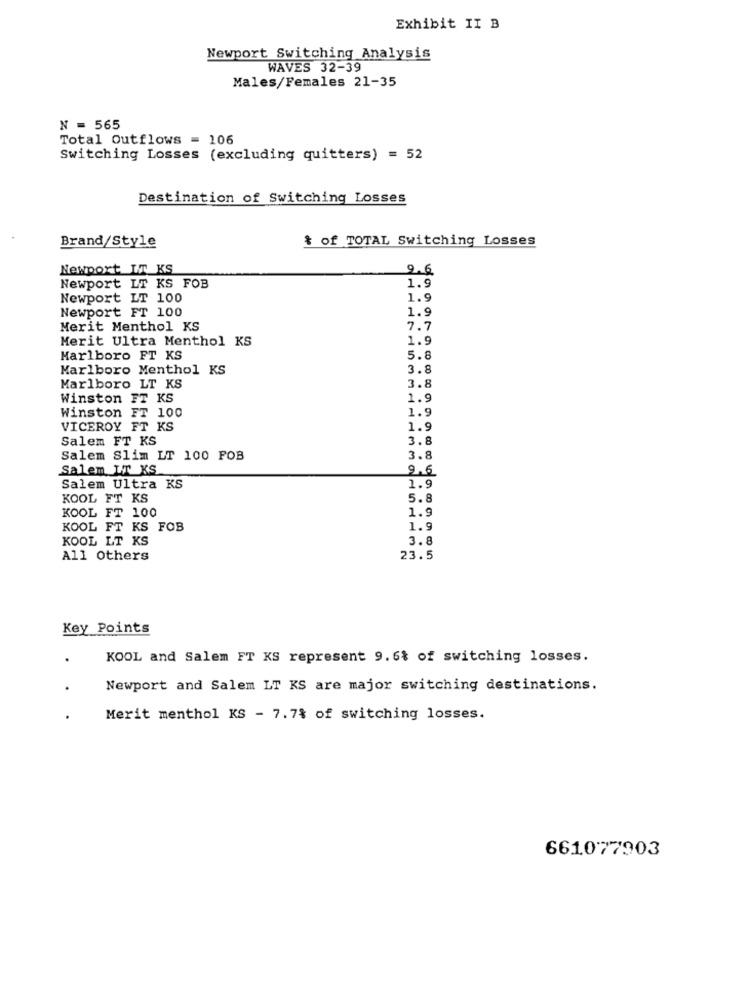
Exhibit II B
Newport Switching Analysis
WAVES 32-39
Males/Females 21-35
N = 565
Total Outflows = 106
Switching Losses (excluding quitters) = 52
Destination of Switching Losses
& of TOTAL Switching Losses
Brand/Style
Newport IT KS
9.6
Newport LT KS FOB
1.9
Newport LT 100
1.9
Newport FT 100
1.9
Merit Menthol KS
7.7
Merit Ultra Menthol KS
1.9
Marlboro FT KS
5.8
Marlboro Menthol KS
3.8
3.8
Marlboro LT KS
Winston FT KS
1.9
1.9
Winston FT 100
VICEROY FT KS
1.9
Salem FT KS
3.8
Salem Slim LT 100 FOB
3.8
Salem LT KS
9.6
Salem Ultra KS
1.9
KOOL FT KS
5.8
KOOL FT 100
1.9
KOOL FT KS FOB
1.9
KOOL LT KS
3.8
All others
23.5
Key Points
KOOL and Salem FT KS represent 9.6% of switching losses.
Newport and Salem LT KS are major switching destinations.
Merit menthol KS - 7.7% of switching losses.
661077903